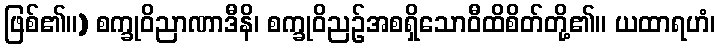
ဖြစ်၏။) စက္ခုဝိညာဏာဒီနိ၊ စက္ခုဝိညဉ်အစရှိသောဝီထိစိတ်တို့၏။ ယထာရဟံ၊